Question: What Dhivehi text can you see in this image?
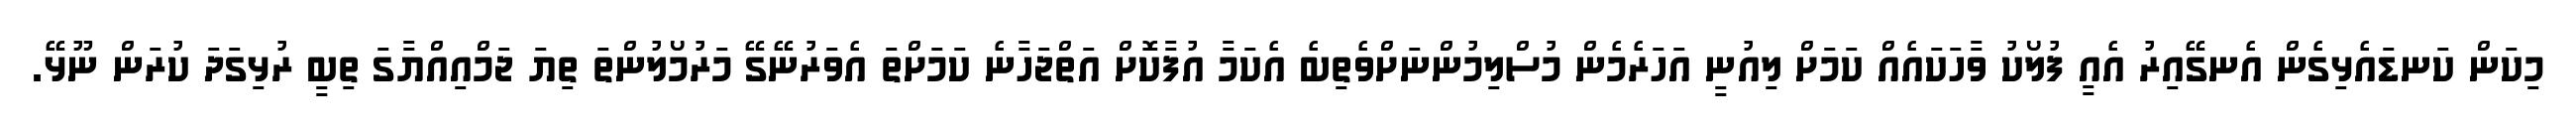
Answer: މިކަން ކަނޑައެޅިގެން އެނގޭއިރު އެއީ ފުލޯކު ވާހަކައެއް ކަމަށް ލިއުނީ އަހަރެމެން މުސްލިމުންނަށްވެތިބެ އެކަމާ އުފާކޮށް އަތްޖަހާނެ ކަމަށްތަ އެވަރުނޭގޭ މަރުމޯލުންތަ ތިޔަ ޖަމްއިއްޔާގަ ތިބީ ރުޅިގަދަ ކުރަން ނޫޅޭ.